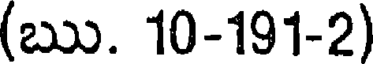
(ఋ. 10-191-2)